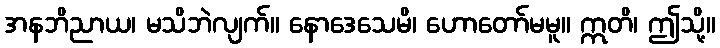
အနဘိညာယ၊ မသိဘဲလျက်။ နောဒေသေမိ၊ ဟောတော်မမူ။ ဣတိ၊ ဤသို့။